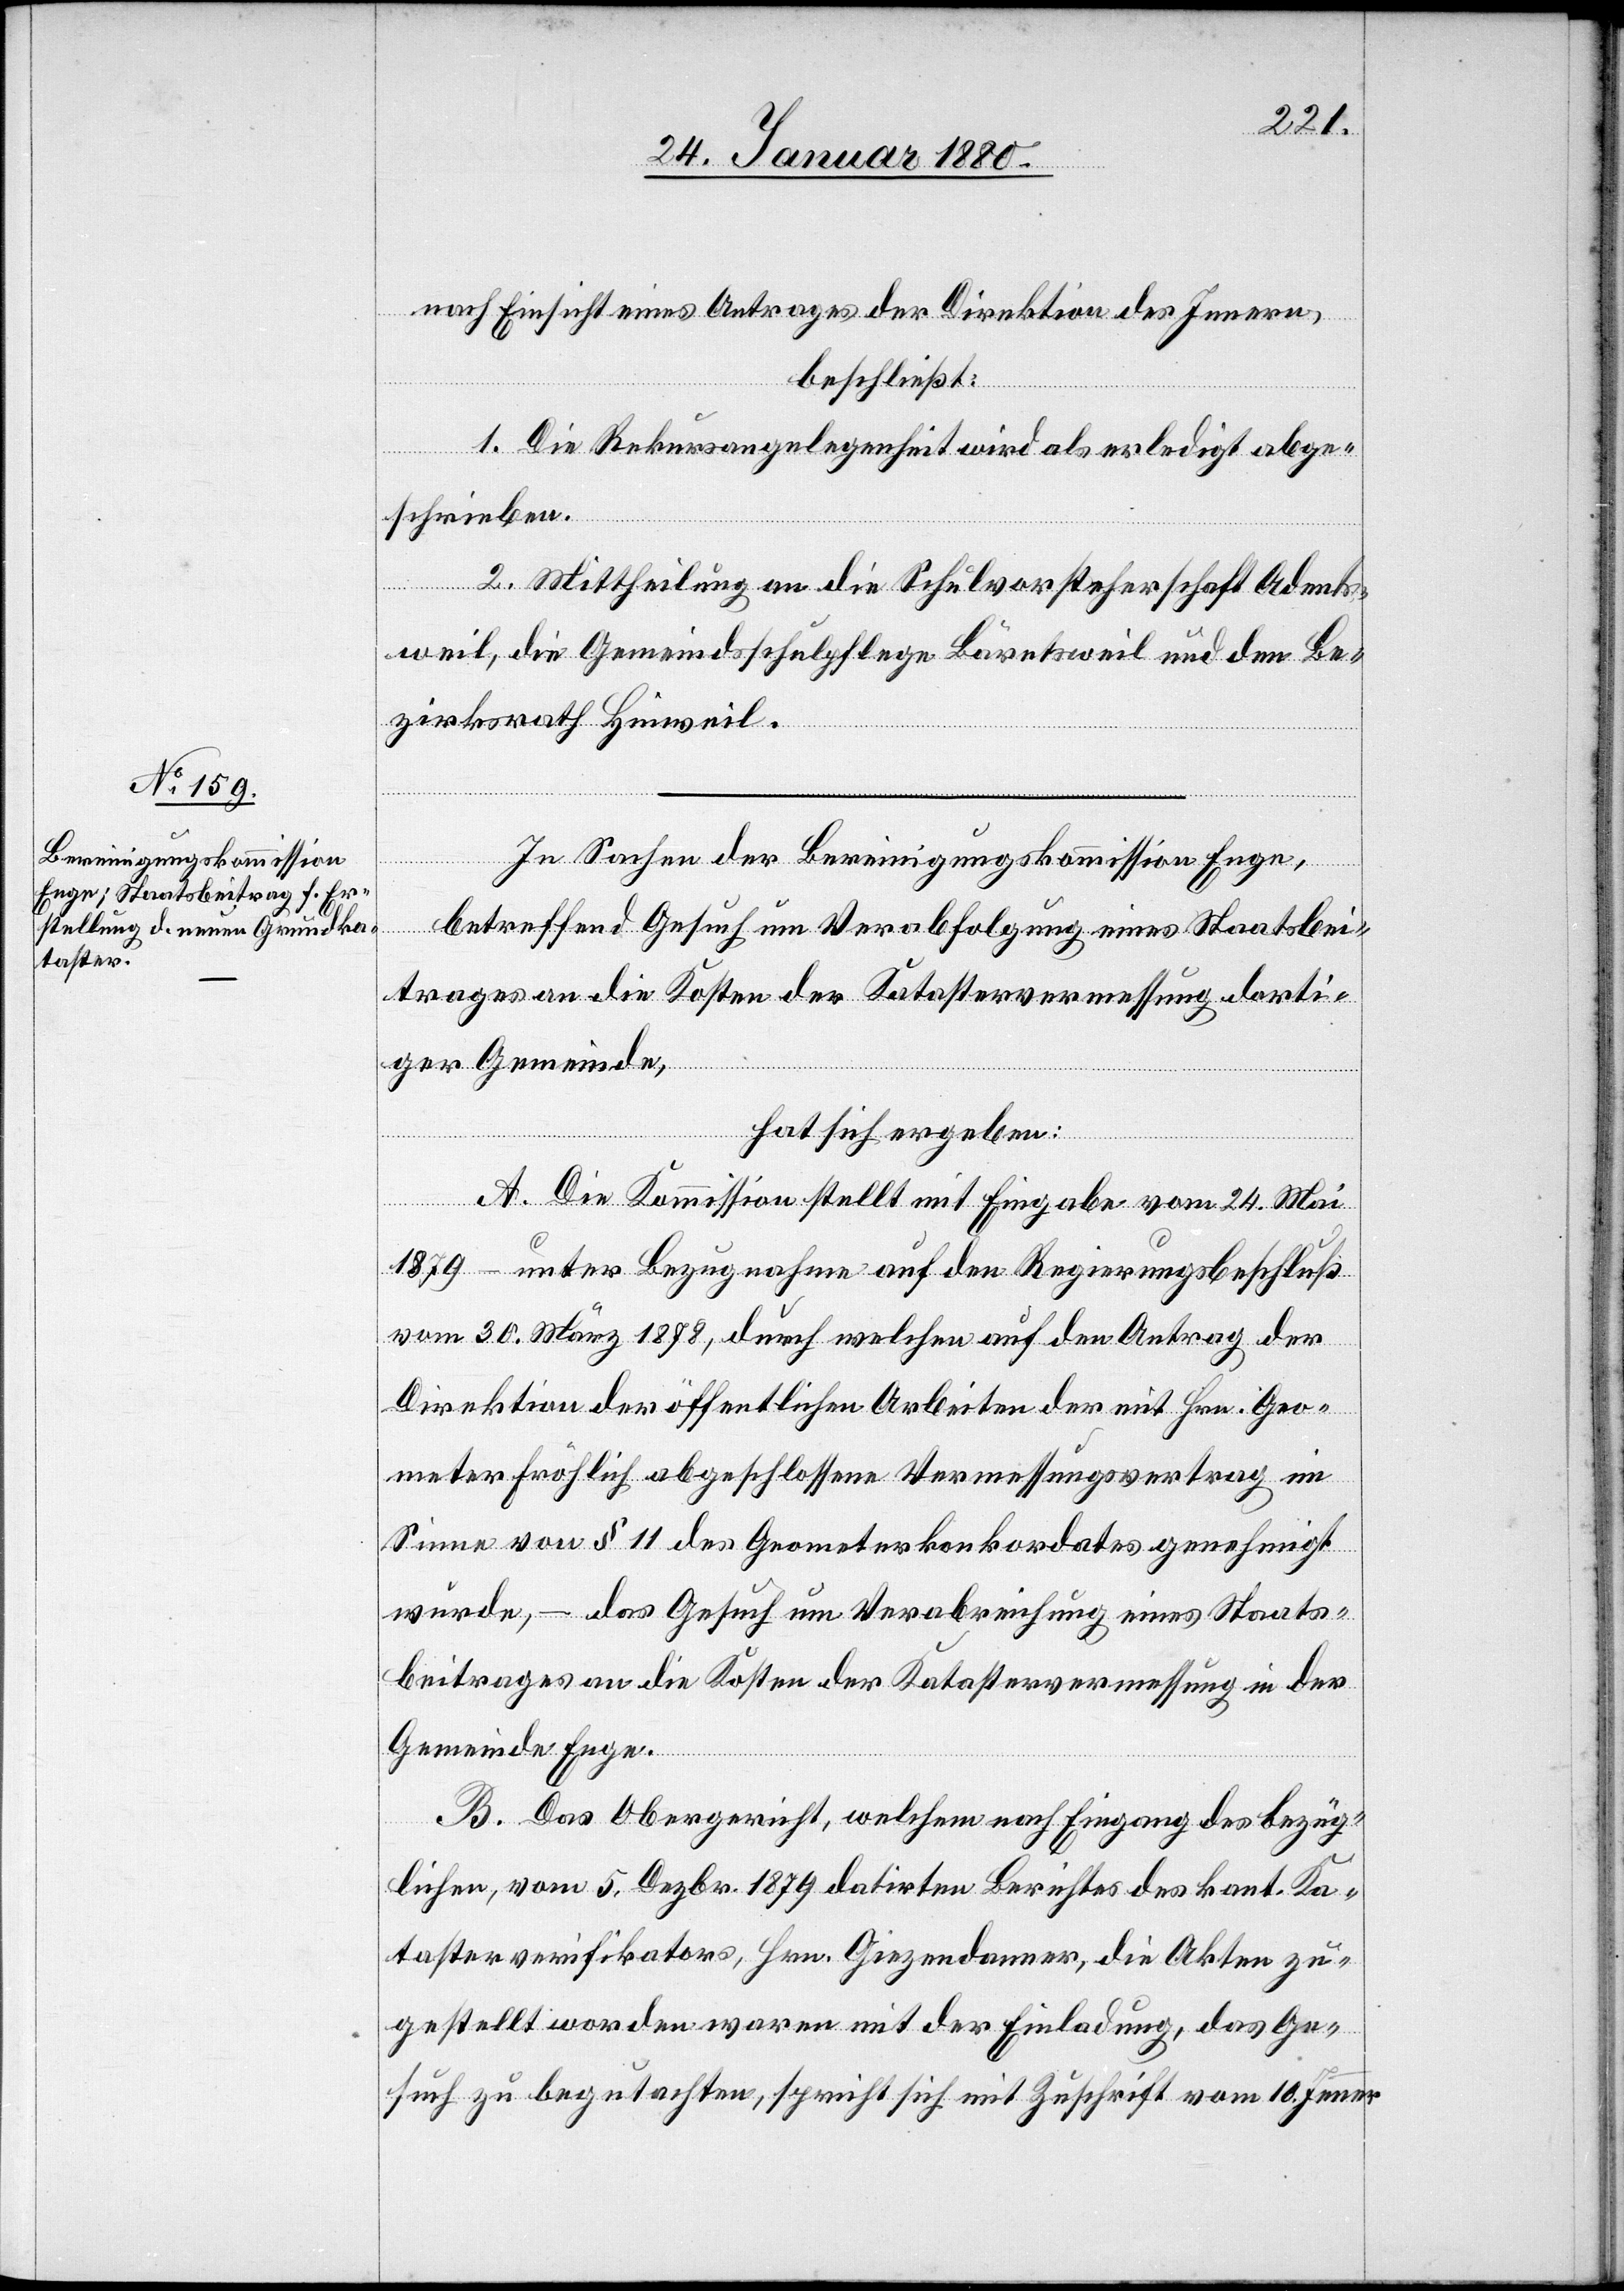
nach Einsicht eines Antrages der Direktion des Innern,
beschließt:
1. Die Rekursangelegenheit wird als erledigt abge¬
schrieben.
2. Mittheilung an die Schulvorsteherschaft Adents¬
weil, die Gemeindsschulpflege Bäretsweil und den Be¬
zirksrath Hinweil.
In Sachen der Bereinigungskommission Enge,
betreffend Gesuch um Verabfolgung eines Staatsbei¬
trages an die Kosten der Katastervermessung dorti¬
ger Gemeinde,
hat sich ergeben:
A. Die Kommission stellt mit Eingabe vom 24. Mai
1879 – unter Bezugnahme auf den Regierungsbeschluß
vom 30. März 1878, durch welchen auf den Antrag der
Direktion der öffentlichen Arbeiten der mit Hrn. Geo¬
meter Fröhlich abgeschlossene Vermessungsvertrag im
Sinne von § 11 des Geometerkonkordates genehmigt
wurde, – das Gesuch um Verabreichung eines Staats¬
beitrages an die Kosten der Katastervermessung in der
Gemeinde Enge.
B. Das Obergericht, welchem nach Eingang des bezüg¬
lichen, vom 5. Dezbr. 1879 datirten Berichtes des kant. Ka¬
tasterverifikators, Hrn. Giezendanner, die Akten zu¬
gestellt worden waren mit der Einladung, das Ge¬
such zu begutachten, spricht sich mit Zuschrift vom 10. Jenner